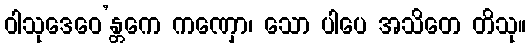
ဝါသုဒေဝေ’န္တကေ ကဏှော၊ သော ပါပေ အသိတေ တိသု။